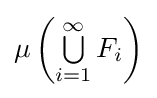
\mu \left(\textstyle \bigcup \limits _{i=1}^{\infty }F_{i}\right)